Note on the mental hospitals in Burma - 1925-1940
Year: 1925
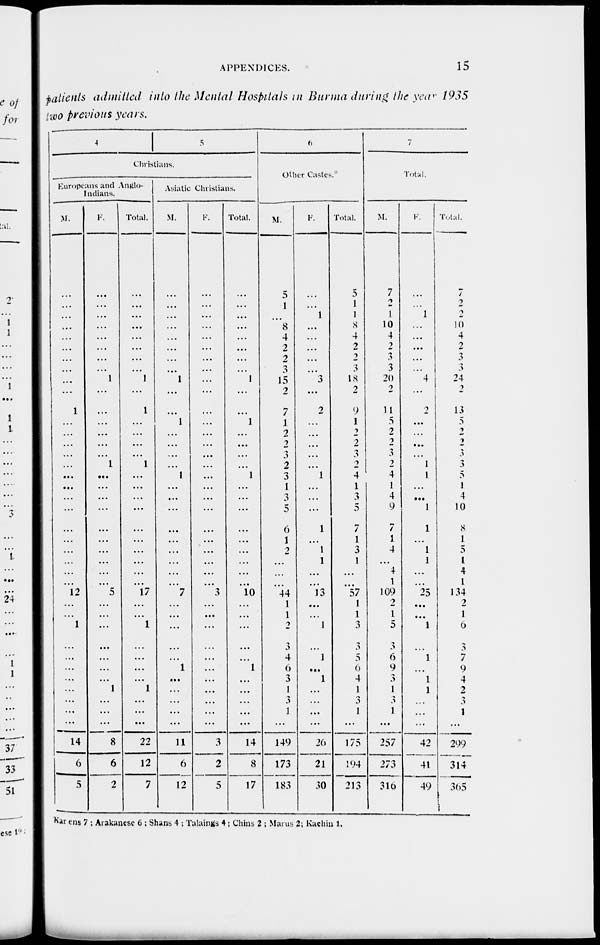
APPENDICES.
15
patients admitted into the Mental Hospitals in Burma during the year 1935
two previous years.
4
5
Christians.
Europeans and Anglo¬
Indians.
M.
...
...
...
...
...
...
...
...
...
...
1
...
...
...
...
...
...
...
...
...
...
...
...
...
...
...
12
...
...
1
...
...
...
...
...
...
...
...
14
6
5
F.
...
...
...
...
...
...
...
...
1
...
...
...
...
...
...
1
...
...
...
...
...
...
...
...
...
...
5
...
...
...
...
...
...
...
1
...
...
...
8
6
2
Total.
...
...
...
...
...
...
...
...
1
...
1
...
...
...
...
1
...
...
...
...
...
...
...
...
...
...
17
...
...
1
...
...
...
...
1
...
...
...
22
12
7
Asiatic Christians.
M.
...
...
...
...
...
...
...
...
1
...
...
1
...
...
...
...
1
...
...
...
...
...
...
...
...
...
7
...
...
...
...
...
1
...
...
...
...
...
11
6
12
F.
...
...
...
...
...
...
...
...
...
...
...
...
...
...
...
...
...
...
...
...
...
...
...
...
...
...
3
...
...
...
...
...
...
...
...
...
...
...
3
2
5
Total.
...
...
...
...
...
...
...
...
1
...
...
1
...
...
...
...
1
...
...
...
...
...
...
...
...
...
10
...
...
...
...
...
1
...
...
...
...
...
14
8
17
6
Other Castes.
M.
5
1
...
8
4
2
2
3
15
2
7
1
2
2
3
2
3
1
3
5
6
1
2
...
...
...
44
1
1
2
3
4
6
3
1
3
1
...
149
173
183
F.
...
...
1
...
...
...
...
...
3
...
2
...
...
...
...
...
1
...
...
...
1
...
1
1
...
...
13
...
...
1
...
1
...
1
...
...
...
...
26
21
30
Total.
5
1
1
8
4
2
2
3
18
2
9
1
2
2
3
2
4
1
3
5
7
1
3
1
...
...
57
1
1
3
3
5
6
4
1
3
1
...
175
194
213
7
Total.
M.
7
2
1
10
4
2
3
3
20
2
11
5
2
2
3
2
4
1
4
9
7
1
4
...
4
1
109
2
1
5
3
6
9
3
1
3
1
...
257
273
316
F.
...
...
1
...
...
...
...
...
4
...
2
...
...
...
...
1
1
...
...
1
1
...
1
1
...
...
25
...
...
1
...
1
...
1
1
...
...
...
42
41
49
Total.
7
2
2
10
4
2
3
3
24
2
13
5
2
2
3
3
5
1
4
10
8
1
5
1
4
1
134
2
1
6
3
7
9
4
2
3
1
...
299
314
365
Karens 7 ; Arakanese 6 ; Shans 4 ; Talaings 4; Chins 2 ; Marus 2; Kachin 1.